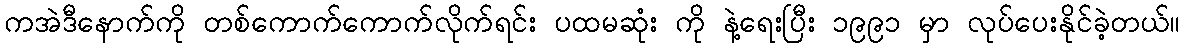
ကအဲဒီနောက်ကို တစ်ကောက်ကောက်လိုက်ရင်း ပထမဆုံး ကို နဲ့ရေးပြီး ၁၉၉၁ မှာ လုပ်ပေးနိုင်ခဲ့တယ်။